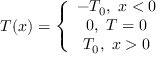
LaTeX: T ( x ) = \left\{ \begin{array} { c c c } { { - T _ { 0 } , \ x < 0 } } \\ { { 0 , \ T = 0 } } \\ { { T _ { 0 } , \ x > 0 } } \end{array} \right.